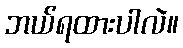
ဘယ်ရထားပါလဲ။